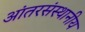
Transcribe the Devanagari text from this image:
आंतरसंस्थानीय